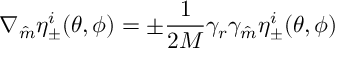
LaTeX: \nabla _ { \hat { m } } \eta _ { \pm } ^ { i } ( \theta , \phi ) = \pm \frac { 1 } { 2 M } \gamma _ { r } \gamma _ { \hat { m } } \eta _ { \pm } ^ { i } ( \theta , \phi )